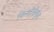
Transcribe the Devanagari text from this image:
किशोरीकुंड